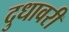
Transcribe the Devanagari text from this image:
दुधावरी